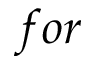
f o r